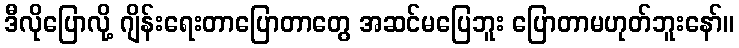
ဒီလိုပြောလို့ ဂျိန်းရေးတာပြောတာတွေ အဆင်မပြေဘူး ပြောတာမဟုတ်ဘူးနော်။